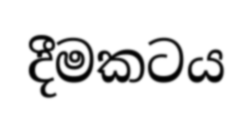
දීමකටය